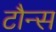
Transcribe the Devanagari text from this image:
टौन्स